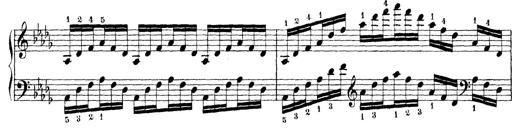
Title: Technische Studien
Composer: Franz Liszt